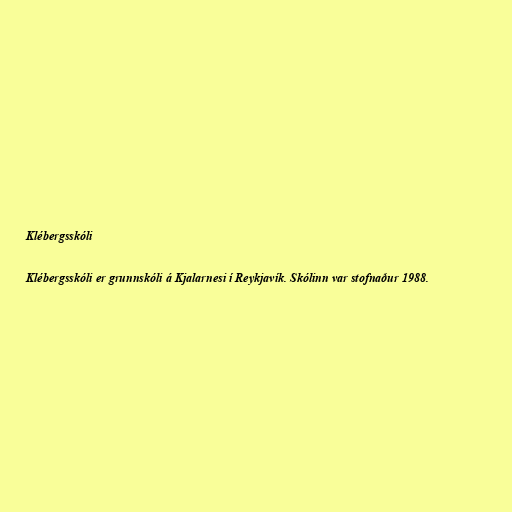
Klébergsskóli

Klébergsskóli er grunnskóli á Kjalarnesi í Reykjavík. Skólinn var stofnaður 1988.